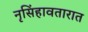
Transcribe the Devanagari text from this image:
नृसिंहावतारात